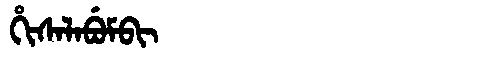
Manchu: ᡥᡳᠰᠠᠯᠠᠪᡠᠮᠪᡳ
Romanization: HISALABUMBI